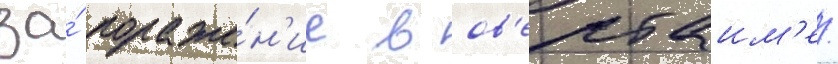
за́ пораже́н'ие в ов'ертаим'е/